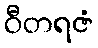
ဝီတရဇံ